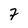
Character: 7